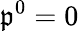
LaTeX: \mathfrak{p}^{0}=0